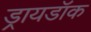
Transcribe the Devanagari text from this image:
ड्रायडॉक